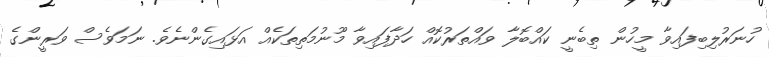
ހުނަރުލިބިފައިވާ މީހުން ތިބެނީ ކައްބޮލާ ވައްތަރުކޮއް ހަދާފައިވާ މޫނުމަތިތަކެއް އަޅައިގެންނެވެ. ނަމަވެސް ވަރީންގެ